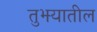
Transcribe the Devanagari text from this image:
तुझ्यातील